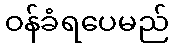
ဝန်ခံရပေမည်